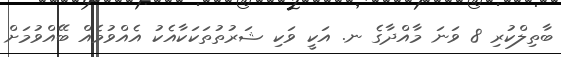
ބާތިލްކުރި 8 ވަނަ މާއްދާގެ ނ. އަކީ ވަކި ޝަރުތުތަކަކާއެކު އެއްވުމެއް ބޭއްވުމަށް